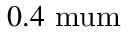
0 . 4 \mathrm { \ m u m }